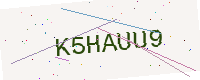
Text: K5HAUU9